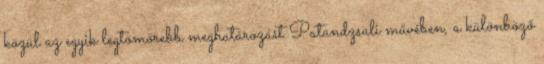
közül az egyik legtömörebb meghatározást Patandzsali művében, a különböző